NAE_eestikeelseid_kaarte, lk 1
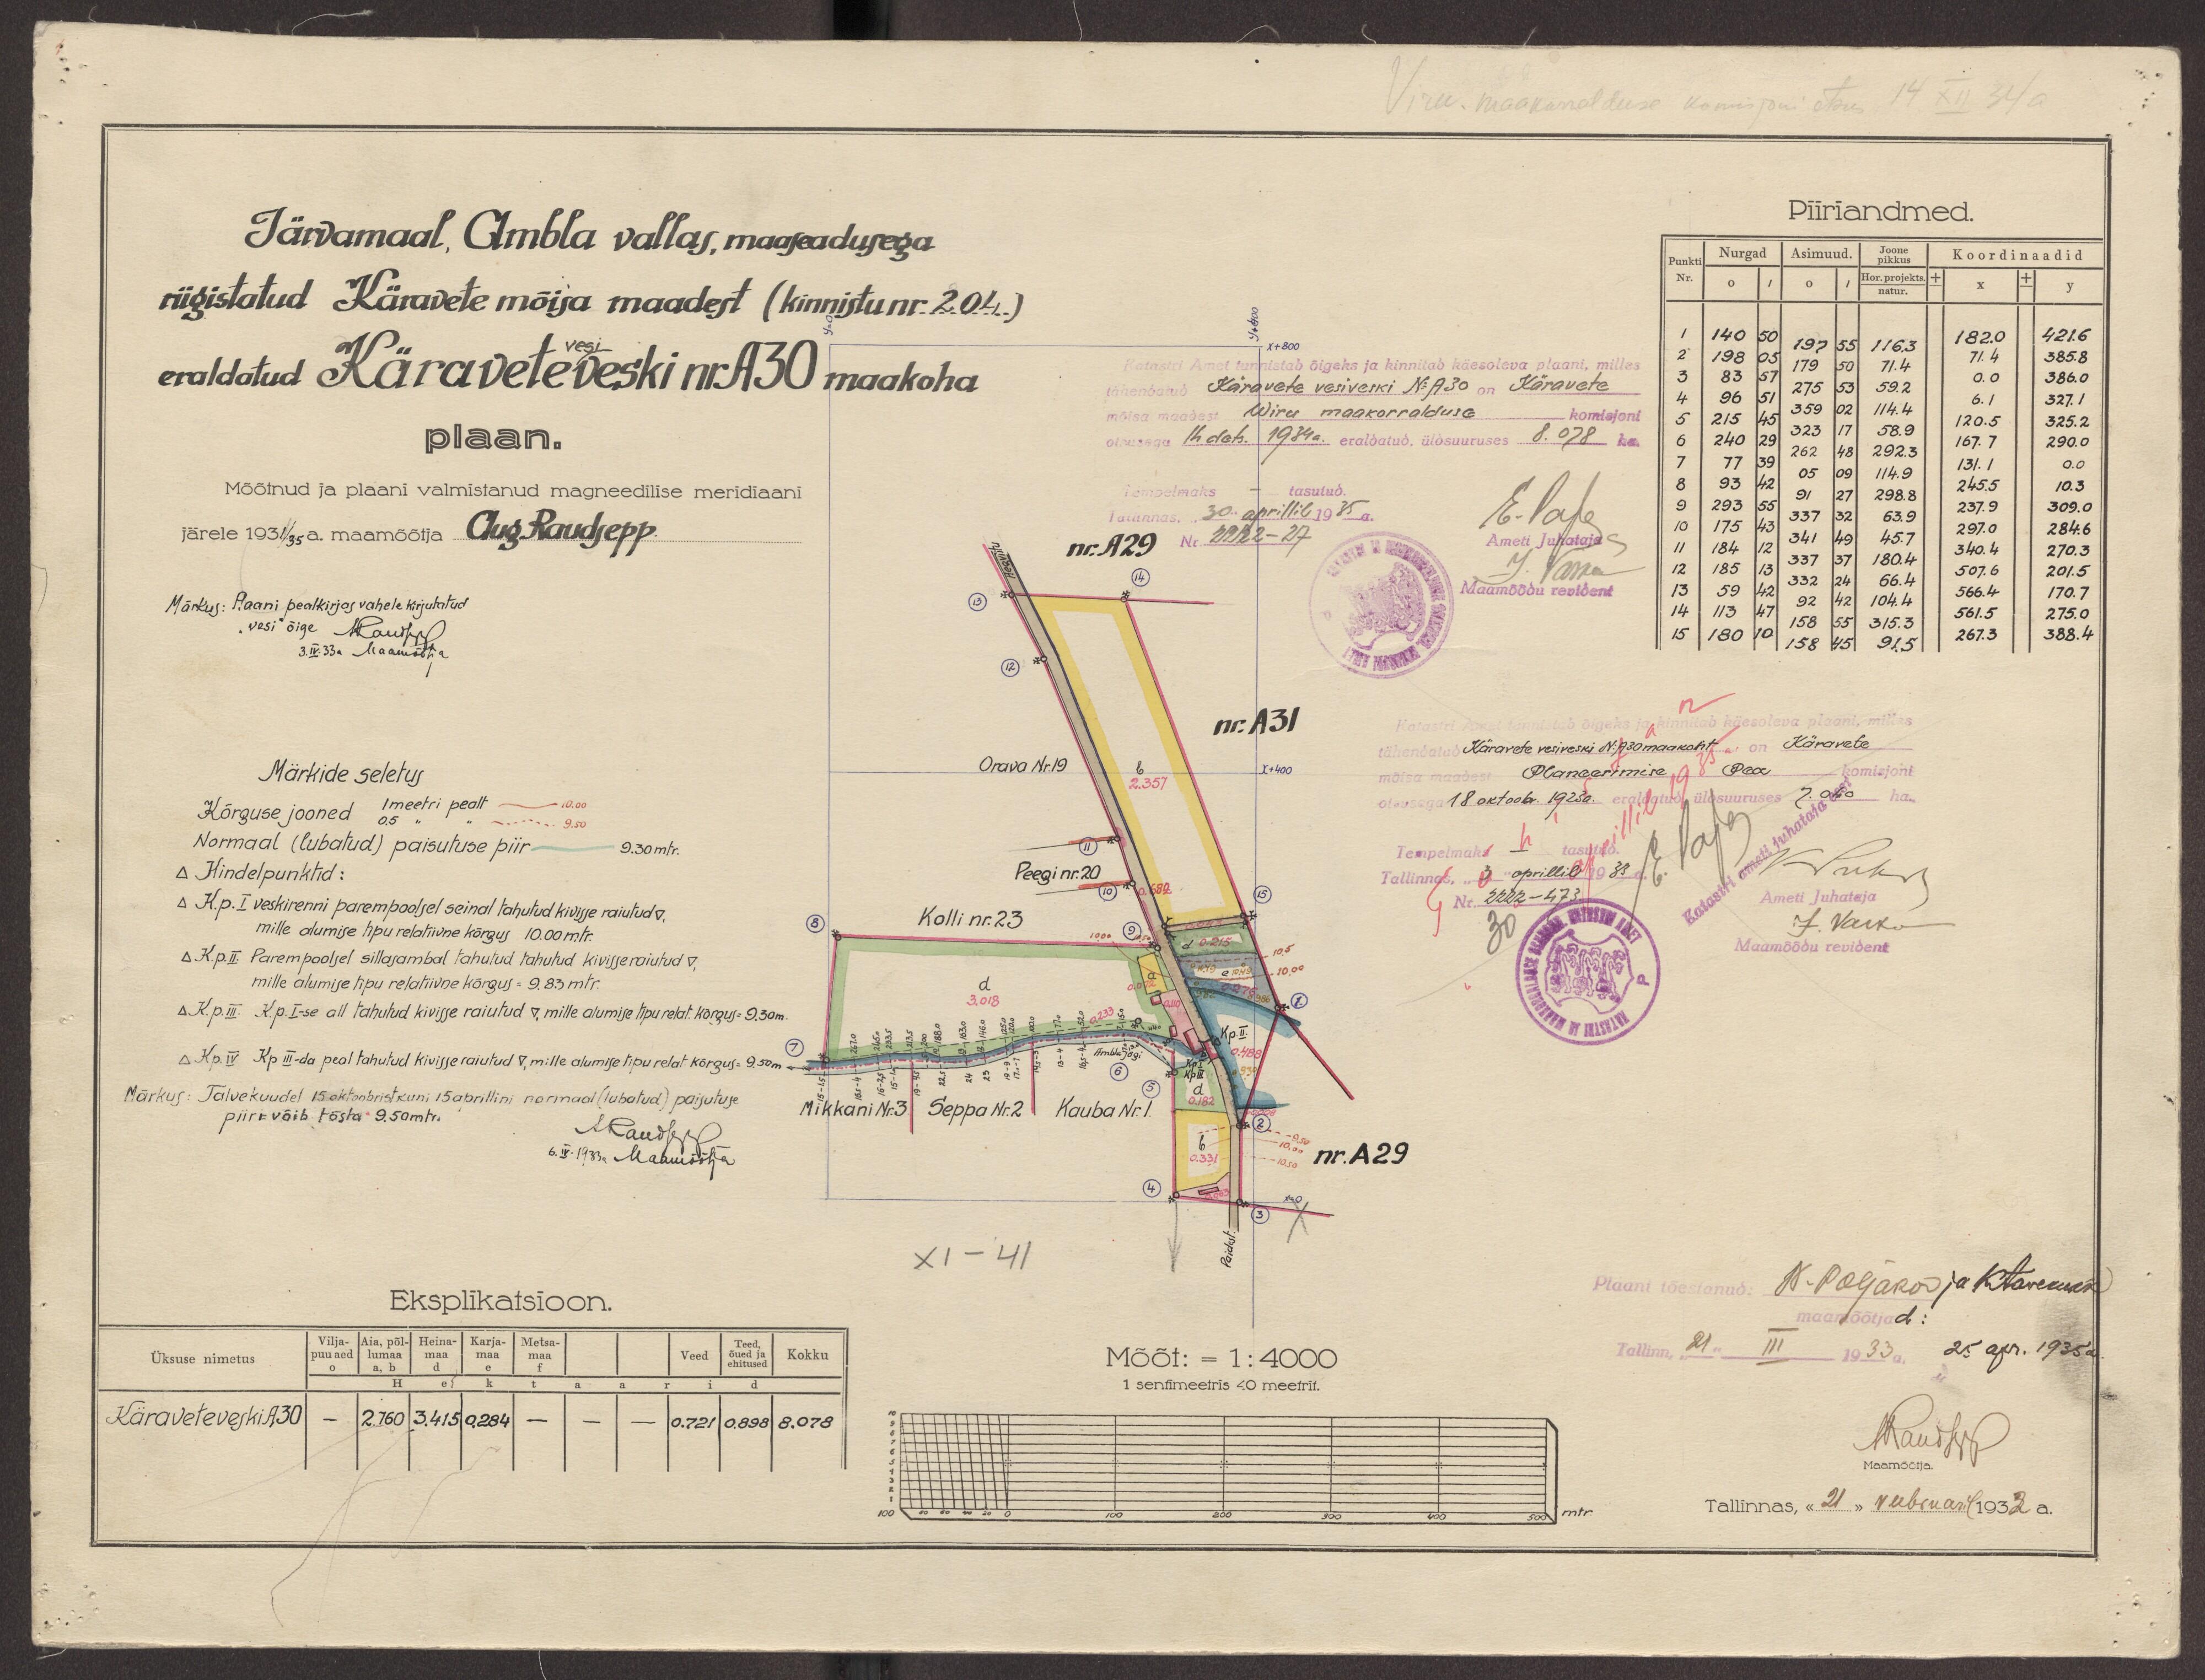
Piiriandmed.
Järvamaal, Ambla vallas, maaseadusega
Kordinaadid
Nurgad
Asimuud.
riigistatud Käravete mõisa maadest (kinnistu nr. 204)
Katastri Amet tunnistab õigeks ja kinnitab käesoleva plaani, milles
eraldatud Käravete veski nr A30 maakoha
tähendatud Käravete vesiveski N:A30 on Käravete
mõisa maadest Wiru maakorralduse
komisjoni
otsusega 14 dets. 1934a. eraldatud, üldsuuruses 8.078 ha.
plaan.
tasutud.
Tempelmaks
Mõõtnud ja plaani valmistanud magneedilise meridiaani
Tallinnas "30" aprillil 1935 a.
järele 1931/35 maamõõtja Aug. Raudsepp.
Maamõõdu revident
Märkus: Plaani pealkirjas vahele kirjutatud
"vesi" õige
3.IV. 33a Maamõõtja
nr. A31
Orava Nr.19
Märkide seletus
1 meetri pealt
Kõrguse jooned 0,5
Normaal (lubatud) paisutuse piir
9.30 mtr.
△ Kindelpunktid:
Peegi nr.20
Ameti Juhataja
△ K.p. I veskirenni parempoolsel seinal tahutud kivisse raiutud ▽,
mille alumise tipu relatiivne kõrgus 10. 00 mtr.
Maamõõdu revident
△ K.p. II. Parempoolsel sillasambal tahutud tahutud kivisse raiutud ▽
mille alumise tipu relatiivne kõrgus = 9,83 mtr.
△ K.p. III. Kp. I-se all tahutud kivisse raiutud ▽, mille alumise tipu relat. kõrgus = 9.30m.
△ Kp. IV Kp III-da peal tahutud kivisse raiutud ▽, mille alumise tipu relat kõrgus = 9.50m
Märkus: Talvekuudel 15 oktoobrist kuni 15 aprillini normaal (lubatud) paisutuse
Mikkani Nr. 3 Seppa Nr. 2 Kauba Nr. 1.
piiri võib tõsta 9.50 mtr.
6.IV.1933a Maamõõtja
XI - 41
Üksuse nimetus
Mõõt: = 1: 4000
1 sentimeetris 40 meetrit.
Käravete veski A30
maamõõtja
Tallinnas, "21" veebruarul 1932 a.